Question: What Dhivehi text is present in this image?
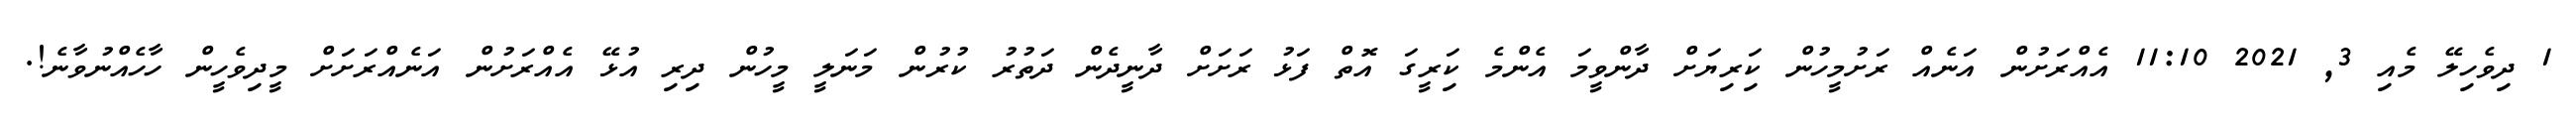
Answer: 1 ދިވެހިލޭ މެއި 3, 2021 11:10 އެއްރަށުން އަނެއް ރަށުމީހުން ކަިރިޔަށް ދާންވީމަ އެންމެ ކަިރީގަ އޮތް ފަޅު ރަށަށް ދާނީދެން ދަތުރު ކުރުން މަނަލީ މީހުން ދިރި އުޅޭ އެއްރަށުން އަނެއްރަށަށް މީދިވެހީން ހާހެއްނުވާނެ!.